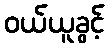
ဝယ်ယူခွင့်